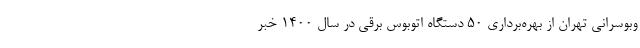
وبوسرانی تهران از بهره‌برداری ۵۰ دستگاه اتوبوس‌ برقی در سال ۱۴۰۰ خبر